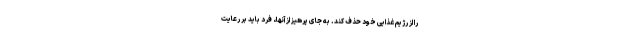
را از رژیم غذایی خود حذف کند. به جای پرهیز از آنها، فرد باید بر رعایت